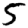
Digit: 5